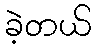
ခဲ့တယ်